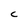
Character: c